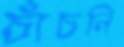
চাঁচনি